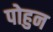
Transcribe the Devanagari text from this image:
पोहुन